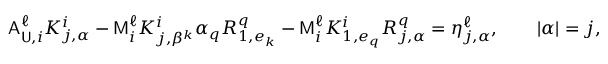
\mathsf { A } _ { \mathsf { U } , i } ^ { \ell } K _ { j , \alpha } ^ { i } - \mathsf { M } _ { i } ^ { \ell } K _ { j , \beta ^ { k } } ^ { i } \alpha _ { q } R _ { 1 , e _ { k } } ^ { q } - \mathsf { M } _ { i } ^ { \ell } K _ { 1 , e _ { q } } ^ { i } R _ { j , \alpha } ^ { q } = \eta _ { j , \alpha } ^ { \ell } , \qquad | \alpha | = j ,